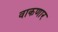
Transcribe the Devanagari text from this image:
वाकणार